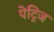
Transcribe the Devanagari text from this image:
पेट्रिज